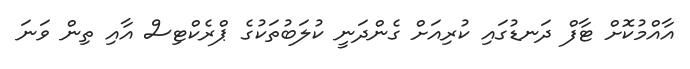
އާއްމުކޮށް ޓާފް ދަނޑުގައި ކުރިއަށް ގެންދަނީ ކުލަބުތަކުގެ ޕްރެކްޓިސް އާއި ތިން ވަނަ